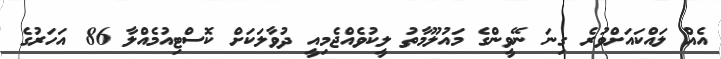
އެއް ލައްކައަށްވުރެ ގިނަ ނޭވީންގެ މައުލޫމާތު ލީކުވެއްޖެމިއީ ދުވާލަކަށް ކޮސްޓިއުމެއްލާ 86 އަހަރުގެ